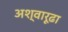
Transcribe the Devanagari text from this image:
अश्वारूढा